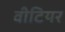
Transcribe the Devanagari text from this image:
वीटियर